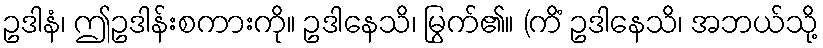
ဥဒါနံ၊ ဤဥဒါန်းစကားကို။ ဥဒါနေသိ၊ မြွက်၏။ (ကိံ ဥဒါနေသိ၊ အဘယ်သို့